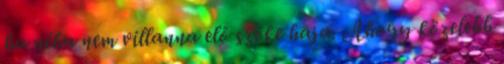
ha néha nem villanna elő szőke haja. Ahogy közelebb